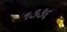
૧૩૩૬